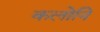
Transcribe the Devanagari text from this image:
कलोनि